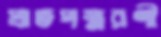
প্রাতপস্মরণী